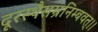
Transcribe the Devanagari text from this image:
दूरस्थैराम्रनिम्बवत्।।